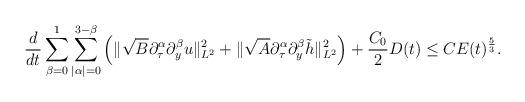
LaTeX: \begin{align*}\frac d{dt}\sum\limits_{\beta=0}^{1}\sum\limits_{|\alpha|=0}^{3-\beta}\left(\|\sqrt{B}\partial_\tau^\alpha\partial_y^\beta u\|_{L^2}^2+\|\sqrt{A}\partial_\tau^\alpha\partial_y^\beta\tilde{h}\|_{L^2}^2\right)+\frac {C_0}{2}D(t)\le CE(t)^{\frac53}.\end{align*}